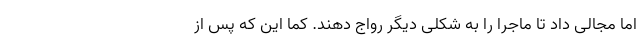
اما مجالی داد تا ماجرا را به شکلی دیگر رواج دهند. کما این که پس از